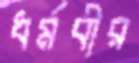
ধর্মবীর